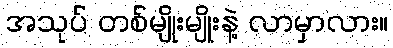
အသုပ် တစ်မျိုးမျိုးနဲ့ လာမှာလား။